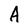
Character: A